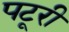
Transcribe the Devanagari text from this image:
पटूरी